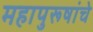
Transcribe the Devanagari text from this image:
महापुरूषांचे